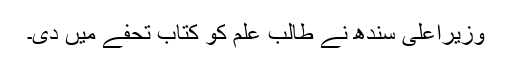
وزیراعلیٰ سندھ نے طالب علم کو کتاب تحفے میں دی۔